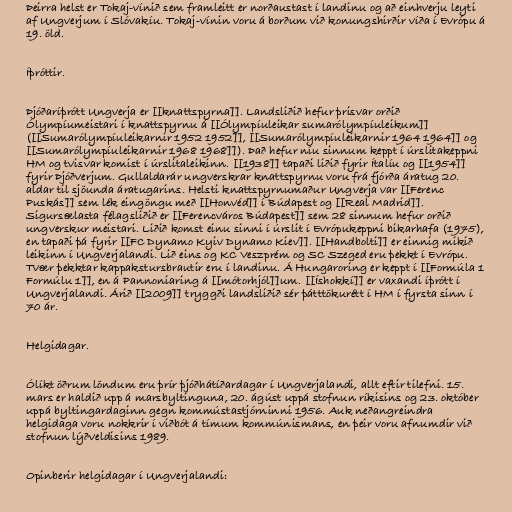
Þeirra helst er Tokaj-vínið sem framleitt er norðaustast í landinu og að einhverju leyti
af Ungverjum í Slóvakíu. Tokaj-vínin voru á borðum við konungshirðir víða í Evrópu á
19. öld.

Íþróttir.

Þjóðaríþrótt Ungverja er [[knattspyrna]]. Landsliðið hefur þrisvar orðið
Ólympíumeistari í knattspyrnu á [[Ólympíuleikar sumarólympíuleikum]]
([[Sumarólympíuleikarnir 1952 1952]], [[Sumarólympíuleikarnir 1964 1964]] og
[[Sumarólympíuleikarnir 1968 1968]]). Það hefur níu sinnum keppt í úrslitakeppni
HM og tvisvar komist í úrslitaleikinn. [[1938]] tapaði liðið fyrir Ítalíu og [[1954]]
fyrir Þjóðverjum. Gullaldarár ungverskrar knattspyrnu voru frá fjórða áratug 20.
aldar til sjöunda áratugarins. Helsti knattspyrnumaður Ungverja var [[Ferenc
Puskás]] sem lék eingöngu með [[Honvéd]] í Búdapest og [[Real Madrid]].
Sigursælasta félagsliðið er [[Ferencváros Búdapest]] sem 28 sinnum hefur orðið
ungverskur meistari. Liðið komst einu sinni í úrslit í Evrópukeppni bikarhafa (1975),
en tapaði þá fyrir [[FC Dynamo Kyiv Dynamo Kiev]]. [[Handbolti]] er einnig mikið
leikinn í Ungverjalandi. Lið eins og KC Veszprém og SC Szeged eru þekkt í Evrópu.
Tvær þekktar kappakstursbrautir eru í landinu. Á Hungaroring er keppt í [[Formúla 1
Formúlu 1]], en á Pannoniaring á [[mótorhjól]]um. [[Íshokkí]] er vaxandi íþrótt í
Ungverjalandi. Árið [[2009]] tryggði landsliðið sér þátttökurétt í HM í fyrsta sinn í
70 ár.

Helgidagar.

Ólíkt öðrum löndum eru þrír þjóðhátíðardagar í Ungverjalandi, allt eftir tilefni. 15.
mars er haldið upp á marsbyltinguna, 20. ágúst uppá stofnun ríkisins og 23. október
uppá byltingardaginn gegn kommústastjórninni 1956. Auk neðangreindra
helgidaga voru nokkrir í viðbót á tímum kommúnismans, en þeir voru afnumdir við
stofnun lýðveldisins 1989.

Opinberir helgidagar í Ungverjalandi: